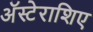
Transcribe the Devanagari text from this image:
अॅस्टेराशिए